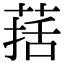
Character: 葀